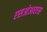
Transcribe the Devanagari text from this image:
एसओआरएस